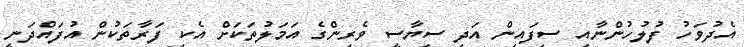
އެދުވަހު ފުލުހުންނާއި ސިފައިން އަދި ސިޔާސީ ވެރިންގެ އަމަލުތަކަށް އެކި ފަރާތަކުން އުފައްދަނީ